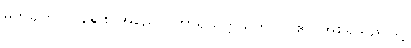
မှတ်ချက်။ ။ နနု စ အညေပိ ဟာရယုတ္တိသဘာဝါ ဧဝ အစရှိသည်ဖြင့်